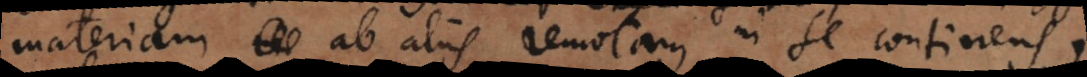
materiam ab aliis remotam in se continens;